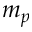
m _ { p }